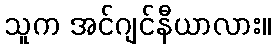
သူက အင်ဂျင်နီယာလား။